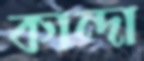
কান্দা